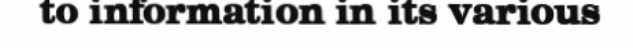
to information in its various